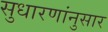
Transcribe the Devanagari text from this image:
सुधारणांनुसार